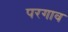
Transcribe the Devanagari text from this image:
परगाव